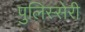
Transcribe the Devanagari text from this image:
पुलिस्सेरी